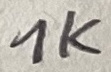
Text: 1K